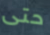
حتى